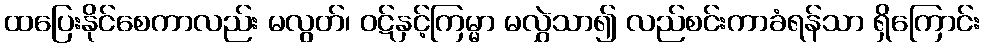
ထပြေးနိုင်စေကာလည်း မလွတ်၊ ဝဋ်နှင့်ကြမ္မာ မလွှဲသာ၍ လည်စင်းကာခံရန်သာ ရှိကြောင်း